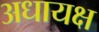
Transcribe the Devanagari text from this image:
अधायक्ष